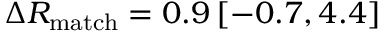
\Delta R _ { \mathrm { m a t c h } } = 0 . 9 \, [ - 0 . 7 , 4 . 4 ]